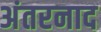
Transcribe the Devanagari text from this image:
अंतरनाद